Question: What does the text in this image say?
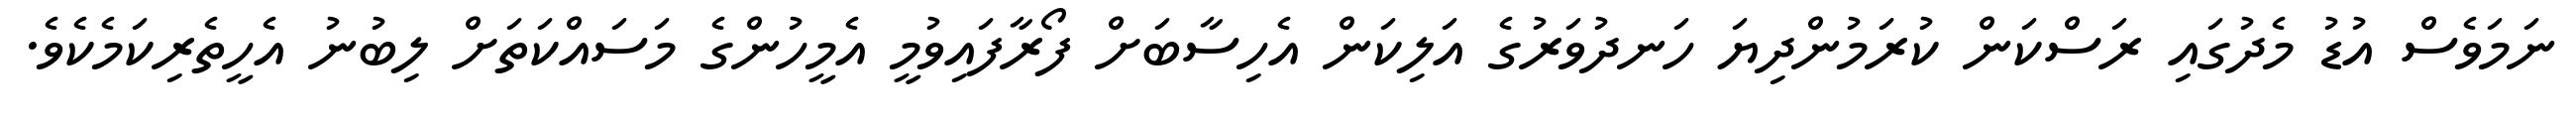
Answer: ނަމަވެސް އުޑު މެދުގައި ރަސްކަން ކުރަމުންދިޔަ ހަނދުވަރުގެ އަލިކަން އެހިސާބަށް ފޯރާފައިވުމީ އެމީހުންގެ މަސައްކަތަށް ލިބުނު އެހީތެރިކަމެކެވެ.